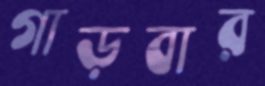
গাড়বার